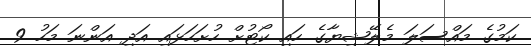
ކަމުގެ މައްސަލަ މެލޭޝިޔާގެ ހައި ކޯޓުށް ހުށަހަޅައި އަދި އަންނަ މަހު 9